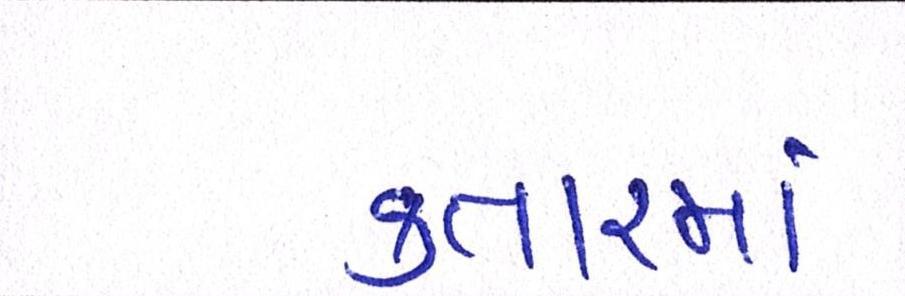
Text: કતારમાં